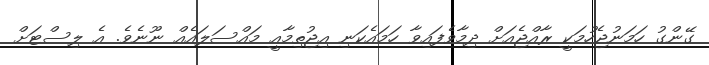
ގޭންގު ހަމަނުޖެހުމަކީ ރާއްޖެއަށް ދިމާވެފައިވާ ހަމައެކަނި އިޖުތިމާއީ މައްސަލައެއް ނޫނެވެ. އެ ލިސްޓަށް